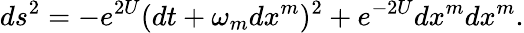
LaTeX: ds^{2}=-e^{2U}(dt+\omega_{m}dx^{m})^{2}+e^{-2U}dx^{m}dx^{m}.